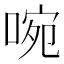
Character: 啘